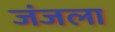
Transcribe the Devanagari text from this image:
जंजला